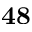
\mathbf { 4 8 }